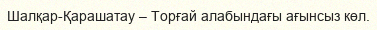
Шалқар-Қарашатау – Торғай алабындағы ағынсыз көл.